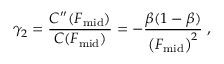
\gamma _ { 2 } = { \frac { C ^ { \prime \prime } ( F _ { \mathrm { m i d } } ) } { C ( F _ { \mathrm { m i d } } ) } } = - { \frac { \beta ( 1 - \beta ) } { \left( F _ { \mathrm { m i d } } \right) ^ { 2 } } } \; ,